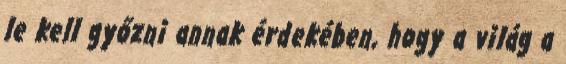
le kell győzni annak érdekében, hogy a világ a